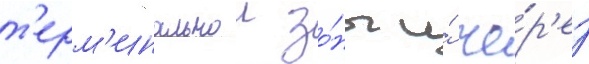
т'ерм'инальнои зо́ны и́ че́р'ез